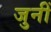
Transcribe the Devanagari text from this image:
जुनीं